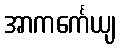
အာကင်္ကေယျ